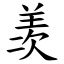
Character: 羡